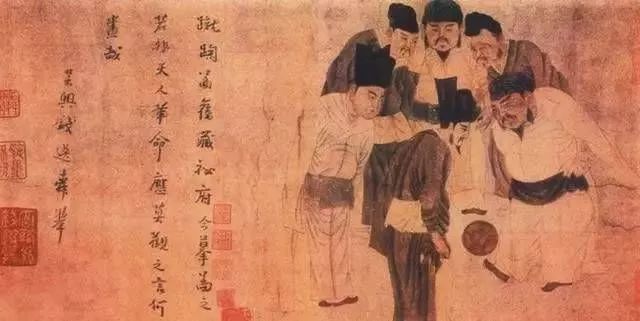
迳直夫何细！桥危可免扶？